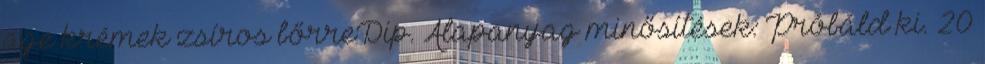
age krémek zsíros bőrreDip. Alapanyag minősítések: Próbáld ki. 20